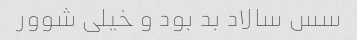
سس سالاد بد بود و خیلی شوور